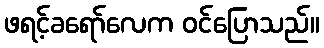
ဖရင့်ခရော်လေက ဝင်ပြောသည်။